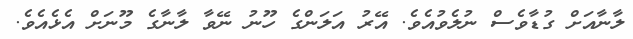
ލާނާއަށް ގުޑާވެސް ނުލެވުއެވެ. އޭރު އަލަންގެ ހޫނު ނޭވާ ލާނާގެ މޫނަށް އެޅެއެވެ.